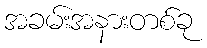
အခမ်းအနားတစ်ခု